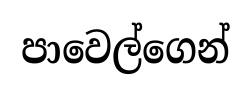
පාවෙල්ගෙන්